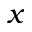
x